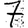
Digit: 7